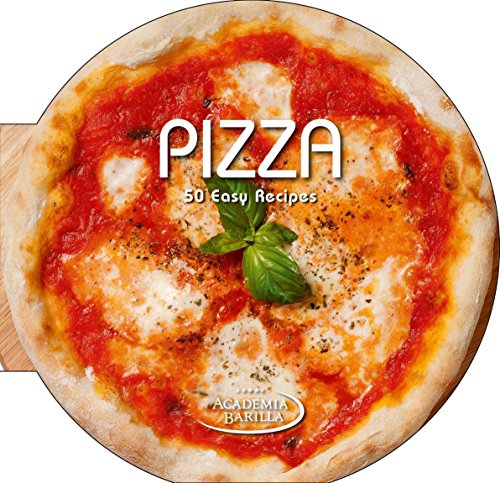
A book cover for Pizza; Academia Barilla; Cookbooks, Food & Wine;